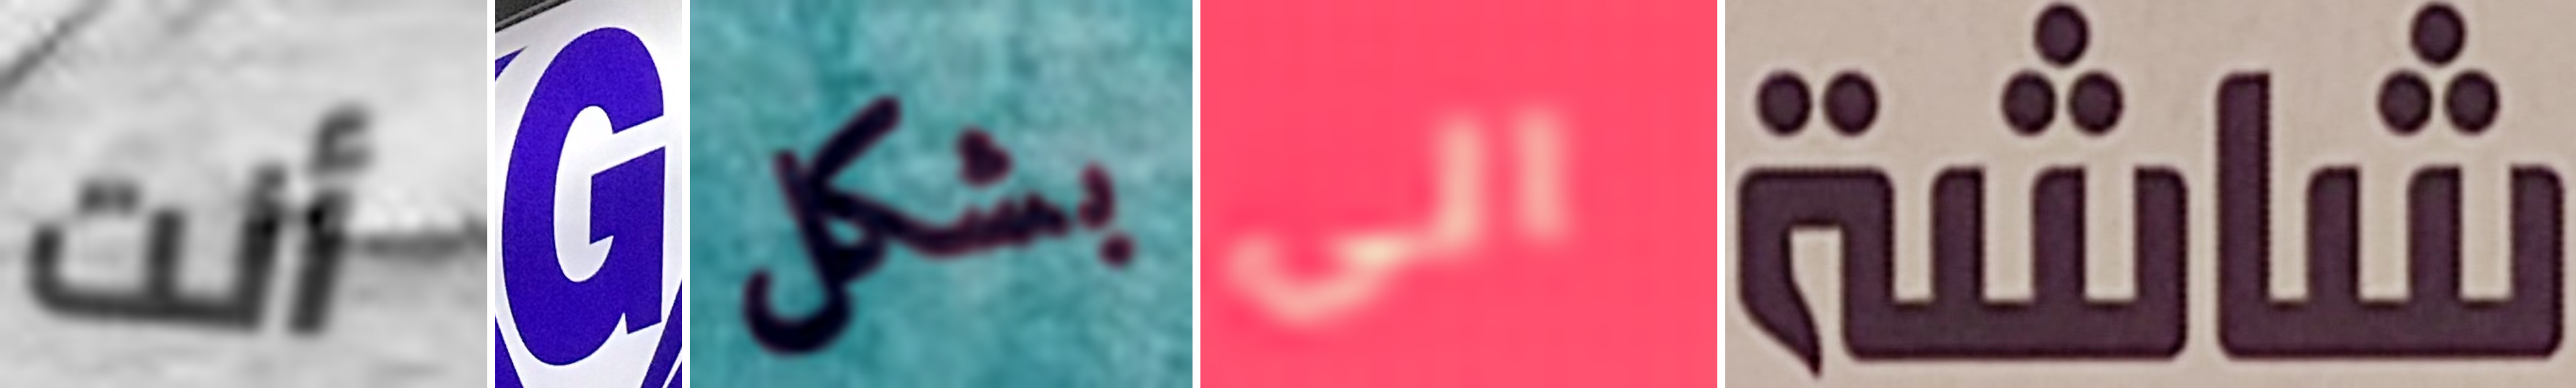
أنت G بشكل الى شاشة